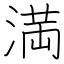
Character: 満